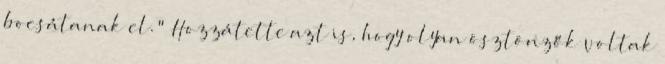
bocsátanak el." Hozzátette azt is, hogy olyan ösztönzők voltak